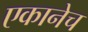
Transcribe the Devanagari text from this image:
एकानेच